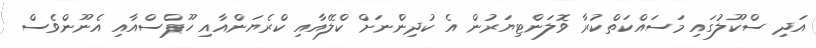
އަދި ސްކޫލުގައި މަސައްކަތްކުރާ ވޮލަންޓިޔަރުން އެ ކުދިންނަށް ކްލޭއާއި ކްރެޔަންއާއި ހޫޕްސްއާއި އެނޫންވެސް